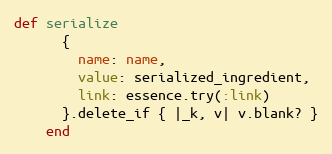
Language: Ruby
def serialize
      {
        name: name,
        value: serialized_ingredient,
        link: essence.try(:link)
      }.delete_if { |_k, v| v.blank? }
    end